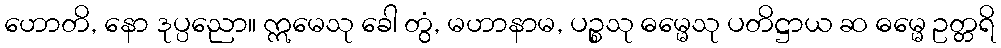
ဟောတိ, နော ဒုပ္ပညော။ ဣမေသု ခေါ တွံ, မဟာနာမ, ပဉ္စသု ဓမ္မေသု ပတိဋ္ဌာယ ဆ ဓမ္မေ ဥတ္တရိ